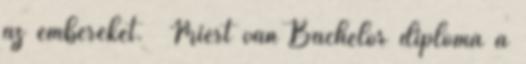
az embereket. Miért van Bachelor diploma a